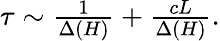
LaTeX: \begin{array}{r}{\tau\sim\frac{1}{\Delta(H)}+\frac{cL}{\Delta(H)}.}\end{array}